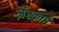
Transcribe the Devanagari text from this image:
ज़ंस्कार